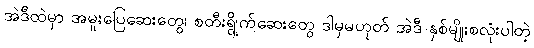
အဲဒီထဲမှာ အမူးပြေဆေးတွေ၊ စတီးရွိုက်ဆေးတွေ ဒါမှမဟုတ် အဲဒီ နှစ်မျိုးစလုံးပါတဲ့